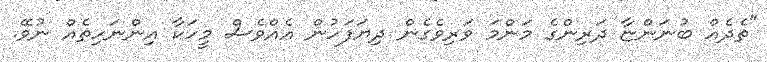
"ތެދެއް ބުނަންޏާ ދަރިންގެ މަންމަ ވަރިވެގެން ދިޔަފަހުން އެއްވެސް މީހަކާ އިންނަހިތެއް ނުވޭ.